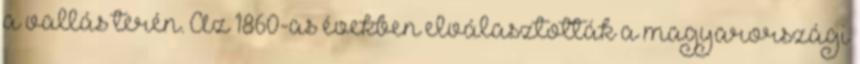
a vallás terén. Az 1860-as években elválasztották a magyarországi